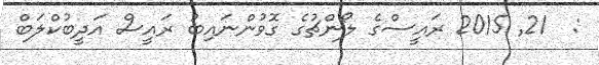
:  21